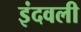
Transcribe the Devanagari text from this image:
इंदवली